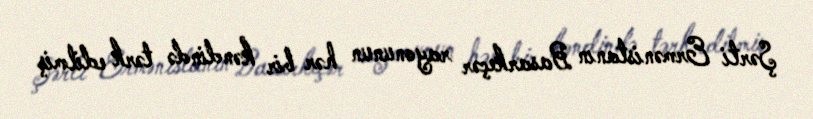
Şərti Ermənistanın Basarkeçər rayonunun hər bir kəndində tərk edilmiş